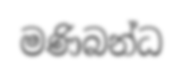
මණිබන්ධ